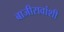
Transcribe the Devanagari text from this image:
बाजीरावांशी